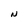
Character: N